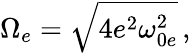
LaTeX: \Omega_{e}=\sqrt{4e^{2}\omega_{0e}^{2}}\, ,